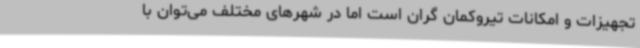
تجهیزات و امکانات تیروکمان گران است اما در شهرهای مختلف می‌توان با